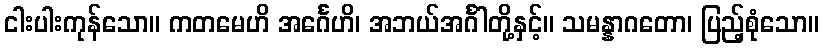
ငါးပါးကုန်သော။ ကတမေဟိ အင်္ဂေဟိ၊ အဘယ်အင်္ဂါတို့နှင့်။ သမန္နာဂတော၊ ပြည့်စုံသော။